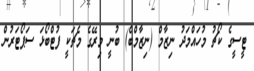
ޓީސީގެ ކޯޗު މުހައްމަދު ނިޒާމް (ނިޒާމްބެ) ބުނީ މިރޭގެ މެޗަކީ ފުޓްބޯޅަ ސަޕޯޓަރުން